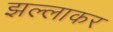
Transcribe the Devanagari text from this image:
झल्लाकर